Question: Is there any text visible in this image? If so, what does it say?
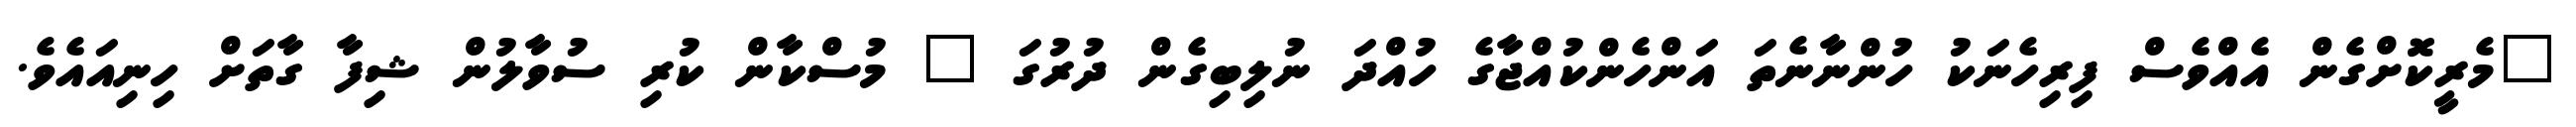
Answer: "މެރީކޮށްގެން އެއްވެސް ފިރިހެނަކު ހުންނާނެތަ އަންހެންކުއްޖާގެ ހުއްދަ ނުލިބިގެން ދުރުގަ " މުސްކާން ކުރި ސުވާލުން ޝިފާ ގާތަށް ހިނިއައެވެ.